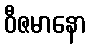
ဝီဇမာနော